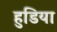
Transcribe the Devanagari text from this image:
हुडिया